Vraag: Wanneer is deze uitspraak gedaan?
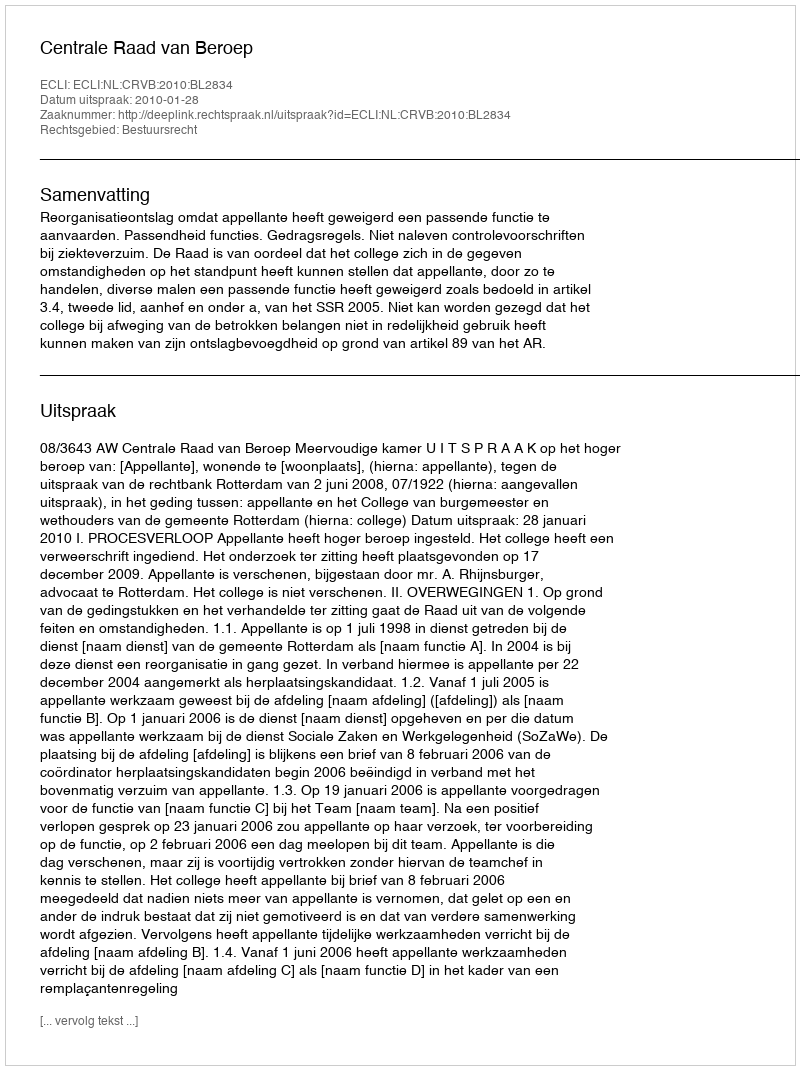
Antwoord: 2010-01-28